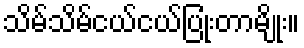
သိမ်သိမ်ငယ်ငယ်ပြုံးတာမျိုး။